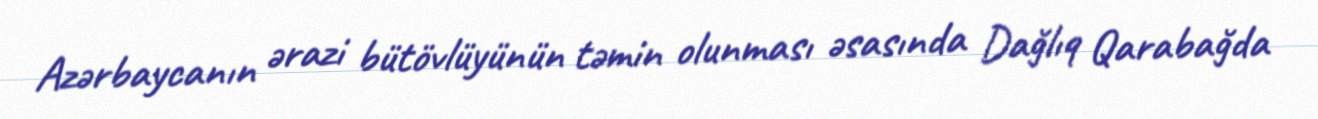
Azərbaycanın ərazi bütövlüyünün təmin olunması əsasında Dağlıq Qarabağda